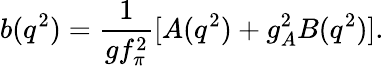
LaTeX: b(q^{2})=\frac{1}{gf_{\pi}^{2}}[A(q^{2})+g_{A}^{2}B(q^{2})].